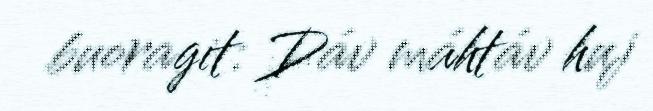
buoragit: Dáv máhtáv huj